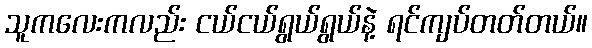
သူကလေးကလည်း ငယ်ငယ်ရွယ်ရွယ်နဲ့ ရင်ကျပ်တတ်တယ်။